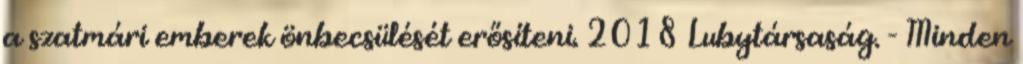
a szatmári emberek önbecsülését erősíteni. 2018 Lubytársaság. - Minden